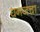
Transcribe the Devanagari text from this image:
धनजचा